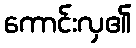
ကောင်းလှ၏